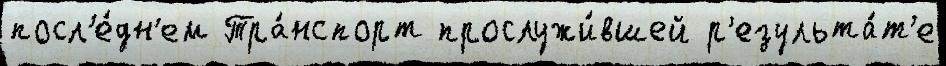
посл'е́дн'ем Тра́нспорт прослужи́вшей р'езульта́т'е